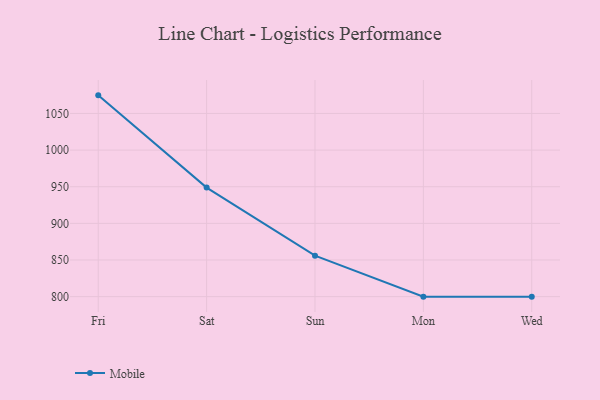
{"axis": {"x": "Day", "y": "Churn Rate (%)"}, "legend": ["Mobile"], "data": [{"x": "Fri", "y": 1074.7, "type": "Mobile"}, {"x": "Sat", "y": 948.8, "type": "Mobile"}, {"x": "Sun", "y": 855.9, "type": "Mobile"}, {"x": "Mon", "y": 800, "type": "Mobile"}, {"x": "Wed", "y": 800, "type": "Mobile"}]}